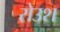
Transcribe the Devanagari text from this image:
रोउश